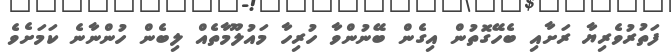
ފަތުރުވެރިޔާ ރަށާއި ބެހޭގޮތުން އިގެން ބޭނުންވާ ހުރިހާ މައުލޫމާތެއް ލިބެން ހުންނާނެ ކަމަށެވެ